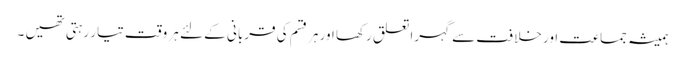
ہمیشہ جماعت اور خلافت سے گہرا تعلق رکھا اور ہر قسم کی قربانی کے لئے ہر وقت تیار رہتی تھیں ۔